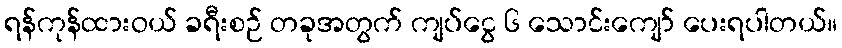
ရန်ကုန်ထားဝယ် ခရီးစဉ် တခုအတွက် ကျပ်ငွေ ၆ သောင်းကျော် ပေးရပါတယ်။